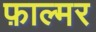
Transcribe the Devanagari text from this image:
फ़ाल्मर